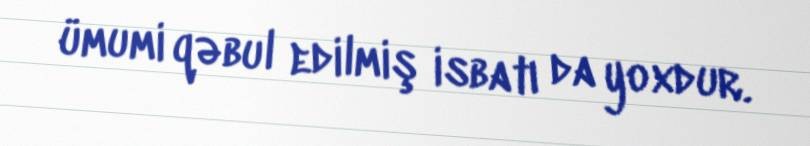
ümumi qəbul edilmiş isbatı da yoxdur.